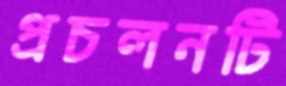
প্রচলনটি